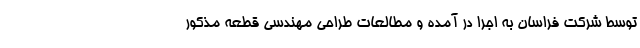
توسط شرکت فراسان به اجرا در آمده و مطالعات طراحی مهندسی قطعه مذکور